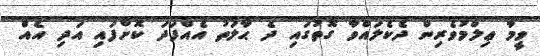
ވީމާ ޢިލްމުވެރިން ދެކެލައްވާ ގޮތުގައި ދެ ޙާލަތު އެއްފަދަ ކޮށްފައި އަދި އެއް